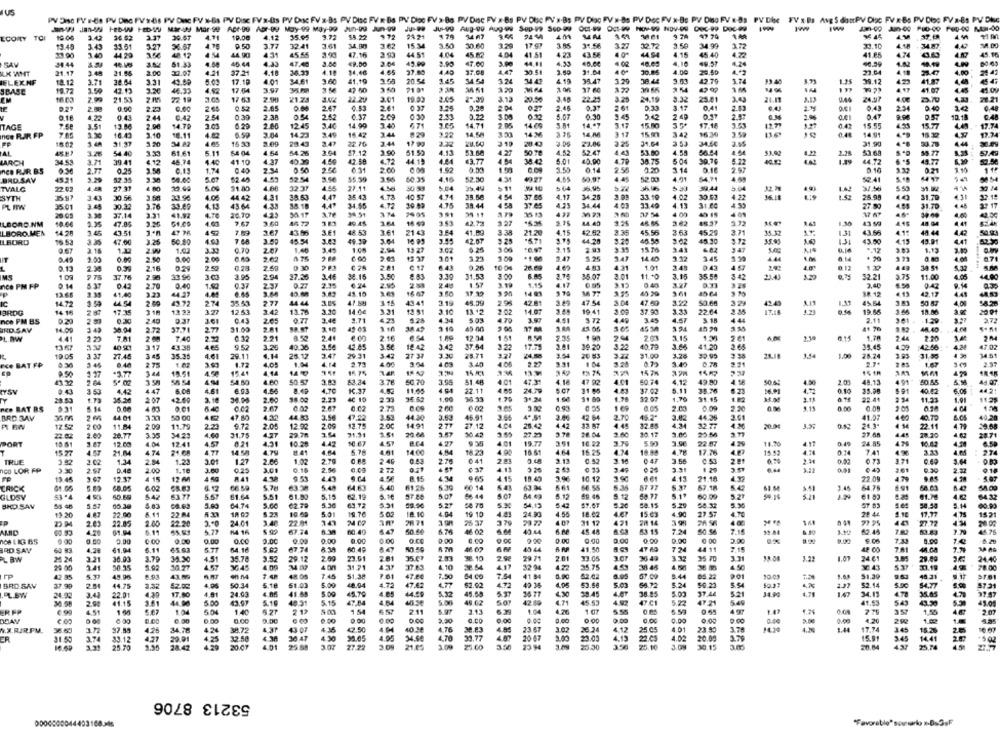
PV Disc FV E-Be PV Disc FV's &s PV Duc PV x-Bs PV Disc FVs-Bs PV Duc FV x-Bs PV Disc PV x Bs PV Diac FV >-Bo PV Disc PV x Bs PV Duc FV'N-Bs PV Dioc FV x-Bs PV Doc FV x-Bs PV Diso FV & Bs PV Dhe FV x Bs Avg S dautPV Dioc FV R Bs PV Disc FV a-Bs PV Die
Jne HEDW HEDW Mary Mar-Se Apt-De Abr-ey May-99 May-99 2-9 Jun-99
----------
CORRY TOI
36.62
30.67
35.95
3.72
$4.22
972
21 24
38 61
96 45
37.69
33.51
36.67
0.50
3.77
32.41
3.41
34 gr
3.62
15.34
3.50
30.00
17.SP
31.56
327
3.50
34,99
172
33.10
34.87
48.12
4 54
44.90
45.55
47.16
44 5
4.04
45.82
404
41 51
4 23
4.15
45.40
41.05
45.16
33.90
44.29
44.94
4.22
SAV
14 44
61.33
4.33
49.00
3.04
42.00
47.00
1.24
21.17
3.49
21.66
2.0℃
32.07
4.2
37.21
4.18
36.33
4.10
4.65
27.85
4.40
37,08
30.54
21.04
30.84
4.00
28.50
4.2
23.04
23.47
4.80
IELEX NF
18.12
3.71
38.64
3.31
17.18
4.01
3461
3.60
41.19
20.54
3.45
34.54
3.24
34.43
4.19
38.47
3.20
38.44
3.03
42.70
99.40
39.12
423
19.72
42 12
46.33
17.64
3.97
71 8
34 51
27 60
41 07
4.45
44.09
SBASE
22.21
EM
2.99
21,53
22 19
3.05
17 63
21.23
22.20
3.01
19.93
2.05
2".39
3.13
20.50
3.48
22.25
3.25
24.19
3.32
25.81
21.11
24.97
5.70
6.60
2.65
0 52
2.65
2.67
0.53
2.61
0 37
0.28
2.0
0.27
2.45
261
0.33
3.17
0.4
2.83
0,43
2:34
0.40
0.18
0 43
744
0.42
2.54
0.33
2 38
2.42
6.37
2.0
0.30
2.83
0.22
0.12
5.07
0.3
2.87
0.47
9.98
9.57
10.1
TAGE
3.51
13.88
14.79
2.03
6.29
2.00
12.45
2.40
14 90
6.71
14.71
2 05
14 60
14.67
3.17
15 M
17.11
1.27
15.55
4.55
15.77
17.74
nce RJR FP
7.05
16.43
2.10
10.11
4.82
6.59
3.04
3.40
15 42
3.44
3.22
14.58
333
14 M
14. A
3 17
15 m
1.42
3.50
14.91
18.30
17.34
34
3.44
3.53
4.44
31.37
5.20
15 33
28.43
22.70
319
3.06
31.64
31.90
30.78
AL
44 40
61.61
5.11
54 04
4.64
54.26
2.04
$7.12
2.90
51.52
4.13
53.60
4.27
50.78
52.47
53.80
56.54
53.92
2.28
53.68
1.31
LAACH
34.53
1.71
39.41
€ 12
46.74
4.40
41 10
4.37
40.39
6.72
44.12
4.24
63.77
38.42
5.01
40.00
4.7P
38.75
504
5.72
64.72
48.77
nes RJR. B.S
0.25
0.13
1.74
0.45
0.50
6.31
200
0.1
220
1.14
0.18
2.97
0.16
0.21
1.15
45.21
9.29
52.35
52.54
3.50
3.05
60.35
4.16
52.30
4.31
4 45
40
54.71
4.95
52.41
5.48
BAD.SAV
4.55
TVALG
22.02
22.04
5.00
91.80
4.80
32.37
27.11
30.53
5 11
30.44
5.53
SYTH
30.56
39.99
4.00
44 42
4.31
34.53
4.47
35.43
4.73
40 57
4.74
35.68
37.65
4.17
34.25
33.19
30.61
4.22
25.98
31.79
PL FTW
2501
30.32
2.76
33.69
4.13
4164
4.33
88. 18
4.49
34.55
4.72
4.75
38.44
37.65
34.44
33.49
13
31.00
27.80
31.70
22 17
26.05
37.14
3.31
41.92
26.70
30.17
98.51
2005
3 91
15 13
37 54
4 09
LBORD.NM
3.05
47.05
4.63
7.67
4472
49.45
164
3.53
42.72
16.36
3.82
1.30
43 59
4.45
3.45
7.59
3.61
48. 53
3.64
41.00
3.38
21.20
4.15
42.93
45.56
3 63
3.71
4.42
LBORO.MEN
14.28
43.51
43.56
21 43
35
45.25
1.31
43.56
48.44
50.g
ILBORD
47.00
50.90
7 6A
3.50
45.54
3.63
49.30
3.64
16 93
62.07
3.2%
.571
44.28
9.20
45.58
3.02
45.30
35.81
43.00
4.15
43.91
4.41
82.30
0.67
3.16
1.17
1.02
3.32
2.67
1.40
2.94
13 27
10.97
9.15
15 M
+,12
1.15
IT
0.4
1.00
2.50
2.09
2.62
1 75
2.01
12 27
201
1.25
47
1.45
44
. 20
0.13
2.1
0.29
2.50
0 30
2.81
€ 17
9.26
10.04
1.01
0.12
132
30 51
36.15
3.50
31.53
2.00
6.85
35 07
2.01
11 +0
3.15
35.50
3.42
23.43
1 09
7 75
17.76
2.5
33.96
294
27.26
# 83
1.57
1.15
4.17
32.21
3.75
11.00
4.00
ACe PM FP
0.14
2.70
0.40
1.50
2.37
0.77
2.15
2.53
2.40
0.85
3.12
0.40
2.40
6.50
13.68
2.35
41.40
44.27
41.15
16 67
14 91
MA 77
45 64
88.12
42.17
IC
14.72
1.59
2.60
43.72
274
2.77
44.44
3.15
43.41
3.19
45.39
42.81
47 54
3.04
47.59
3.22
50.66
42. 47
1.33
45.64
3.83
50 83
4.00
BRDG
14 16
17.35
318
1.3 22
3.27
12.53
1.42
13.78
14.00
13-51
3.10
2.02
14.07
10.41
37.00
22.64
3.34
19.45
18.86
nce PM BS
0.29
0.43
2.05
3.46
1.71
5.28
4.34
5.03
470
3.97
4.51
372
4.49
3.45
4.57
3.18
4.44
2.11
.1.29
0.37
3.61
88.87
1.10
1 10
85.00
15.20
41 %
AN
UND SAV
4.00
3.04
37.71
2.77
31.09
38.49
48.40
PL BW
4.41
2.22
7.81
2.08
7.40
2.22
6.32
221
2.44
2.16
17.34
1.51
R.5A
1.15
23
1.78
2 46
2.20
13 67
40 90
117
43.38
3.2
40.36
42.45
3.56
19 42
3.45
37.54
3.22
17-39
39.20
3.22
10.79
3.6
41.20
35.45
4.09
42.56
4.24
47.02
19 0
3.37
27.45
3 45
35.35
4.61
29.11
25.12
3.41
29.31
3.47
27 37
3.30
25.71
3.77
24.58
26 83
$1.00
30.95
28.18
1.44
1.00
28.24
31.80
14.51
e BAT FP
2 .45
6.40
2 75
1.62
1.72
1.04
4.14
4.00
4.03
1.40
2.27
3.31
1 04
3.28
07
2.7
1.67
127
15.41
14 AL
FN 74
#1.77
344
19.51
4.50
35
54.50
4.60
3.83
63.24
3.78
50 70
3.98
51.48
101
47.31
4.18
47 PR
401
60.74
4.12
49 .80
50.45
2.01
48.13
491
10.65
ITSV
153
4.42
4.47
6.08
4.61
6.03
KC.37
11.65
22.11
24.39
11.05
37.02
5.11
35.76
0.10
35.08
$ 91
40 42
44.21
28.53
1.73
35.26
207
42.60
30.05
2.00
98.00
2.23
4€ 10
2.33
1.9
38.33
31.24
1.68
32.07
1.70
91.15
0.15
22.4
11.33
1.01
11.25
Fee BAT BS
031
0.01
2.67
2.73
6.02
2.0
1.13
0.00
2.05
4.04
BRD 3AV
2.66
44.01
44.83
3.50
44.30
3.63
3.64
4+ 51
2.46
44.36
3.61
40.20
2.00
47 80
47.22
3.53
271
45.91
4.04
4.42
13.57
42 64
4.45
12.45
4.24
11.03
4.79
12 52
11.04
2.09
11.79
2.23
2.05
12.92
209
12.75
14 91
27.12
25.42
22.77
20.04
3.2%
0.47
26.3.
22.11
29.68
22.02
2.60
20.77
3.35
34.23
4.60
4.27
29.78
1.61
20.68
30.42
27.29
36.04
2.60
23:56
4.41
2871
PORT
12.00
12.41
4.57
0.21
431
10.28
16 67
4.57
401
19.77
351
10.22
3.96
22.67
11.20
0.45
24.85
47
10.42
15.27
4.57
21 M
474
21.68
4.77
14.58
4.7%
1.41
4.64
5.78
1400
4.84
18 23
15.25
4.34
18.84
17 75
14.43
0.7
741
274
TRUE
2.02
2.54
1.23
1.27
2.66
1.02
2.20
2.46
0.43
278
64
3.10
3.56
0.53
0 73
371
3.92
0.15
2.M
2.72
0.1
1 29
0.42
RICO LOR FP
3.90
2.57
0.48
2.00
1.18
3.00
0.25
3.01
3 25
9.20
9.18
re
19.45
3.97
12.37
4 15
12 M
4 50
A41
9.53
4.34
3.96
10.12
4.13
21.18
22.09
479
CRICK
6.02
C8.83
6.12
63.38
5.48
64.63
61.26
5.30
60 14
5.61
66.55
5.35
67.18
54
3.45
64.75
GLOSY
43 .4
50.50
542
63.77
5.67
61.64
5.51
5.15
62.19
1. 44
5.12
59.45
5.12
5.1
50.09
81.70
SHD SAV
58 48
5.57
65.38
5.90
04.74
3.ce
62.79
5M
63.72
5.31
50.00
5.27
54.13
5 47
5.2€
50.15
5.29
68.32
5.30
57 83
50.54
5.14
4.11
10.69
5.01
18.10
4.04
19 10
4.43
24.90
4.55
18.02
15:03
4.90
27 57
28 42
1.10
17.77
4.19
15.21
19 .20
22.00
22 84
19.76
2.43
22.85
2.0
24.01
22. 91
141
28 71
31 12
2/ 14
77 95
27.72
4 34
28.02
61.94
5.11
5.77
67.74
60.40
647
6MM
46. 02
49 44
45.44
724
50.56
6.10
42 45
83.83
44.76
168 LIG 65
0.00
0.50
CO
0.00
0.00
0.CO
0.00
0.00
0.00
0.00
0.00
o.CO
0.00
6.00
0.00
200
0 00
2.00
8.06
7.33
8.00
14
6.20
RD SAV
60 83
4.28
61.94
6.11
65.03
5.77
64.14
67.74
60.49
50.59
45 44
41.50
7 34
44 11
7.15
7.81
10 09
2.00
23.61
2.61
35.07
2.83
38.10
28 71
2.61
73.05
36 .49
3.37
35 7
3.31
14.08
24 61
24.46
25 24
3.21
36.00
3.79
34.30
4.51
35.70
3.52
29.12
4,17
32 94
5.37
78 00
141
5.92
V6:45
4 00
31.21
37.83
4.10
28.54
35.75
4.56
4%
36 43
42 85
5.37
45.96
43.89
7.48
48.05
7.45
51.38
7.61
47.20
7.50
54.CO
7.54
41 84
0.90
62.02
67.09
5.44
05.22
10.03
51.39
48.31
BRO SAV
44.75
42.03
4.96
50.34
5.18
51.03
5.00
.72
47.62
4.77
$2.92
4.72
49 35
4.95
53.56
5.24
50.23
2.37
52.14
SA.77
87.21
. L.BW
24.92
3.43
22.01
4.30
17.60
4.01
24.03
41.68
5.00
45.70
4.05
44.59
5.32
45.65
35 77
39.45
36.85
5.00
34.00
34.13
4.78
35.05
37.97
41.15
3.61
44.00
5.00
43.97
5.10
5.15
47.04
40.38
5.06
49.62
4269
4.71
45.53
4 9
47.CI
5.22
47.21
549
41.53
43.30
43.05
48.31
657
ERFP
4.51
1.04
504
140
212
1.54
2.11
3.13
1.04
4.76
1.43
1.55
2.07
OGAY
8.00
:0.00
0.00
0.00
0.00
0.00
0.00
4.20
20
N.X.RIRPM.
36.50
37.84
4.25
34.78
38.72
43 07
4.35
4.50
4.04
4 76
30.23
4.94
23 63
3.02
26.24
412
25.05
4.01
23.90
3.78
17.74
145
ER
31.50
33.12
427
22.01
435
32.50
4.98
30 47
34.54
93.77
20 47
23.05
mes
4.02
20.00
15.91
345
14.41
+5.00
16.69
25.20
28.42
20.07
25 .88
3.07
21.05
23.30
25.10
30.15
25.74
53213 8706
0000000044403168366
"Favorable" sourio 1-DsSsF